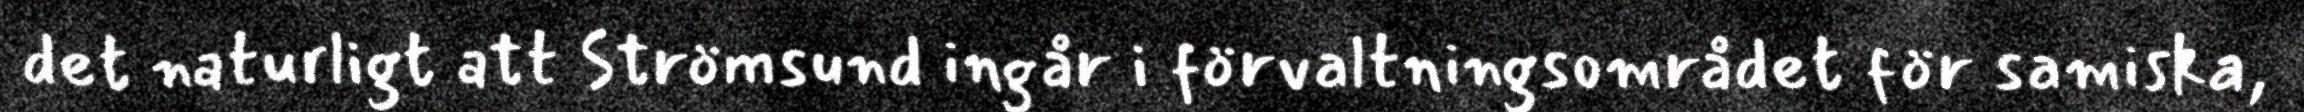
det naturligt att Strömsund ingår i förvaltningsområdet för samiska,